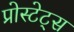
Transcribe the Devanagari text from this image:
प्रोस्टेट्स